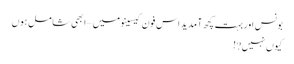
بونس اور بہت کچھ آمدید اس فون کیسینو میں – ابھی شامل ہوں
کیوں نہیں?!